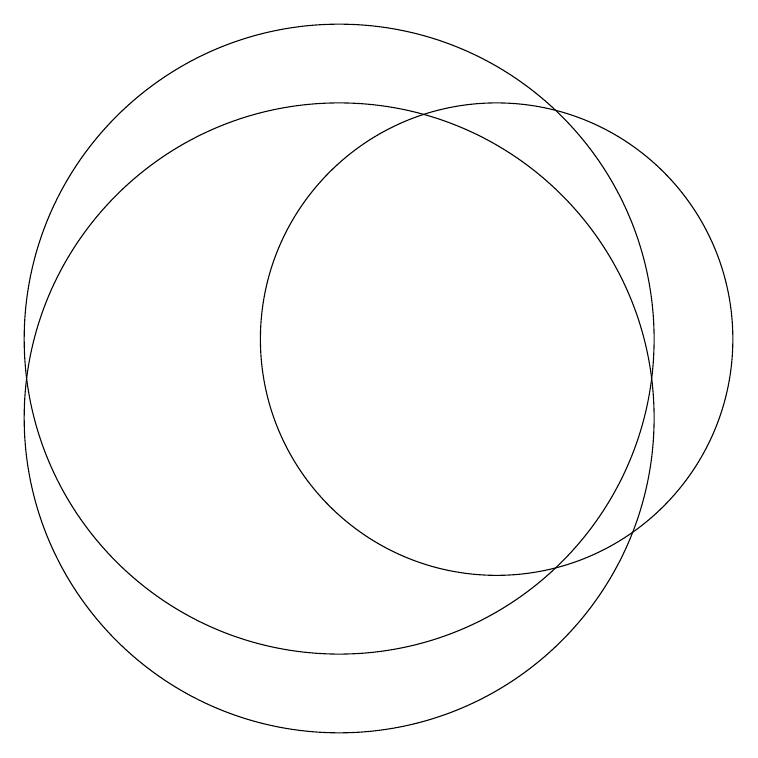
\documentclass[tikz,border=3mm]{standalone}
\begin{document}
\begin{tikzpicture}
\draw (12,12) circle (3);
\draw (10,12) circle (4);
\draw (10,11) circle (4);
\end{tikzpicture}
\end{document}